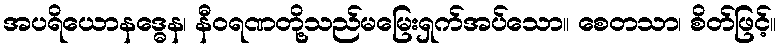
အပရိယောနဒ္ဓေန၊ နီဝရဏတို့သည်မမြေးရှက်အပ်သော။ စေတသာ၊ စိတ်ဖြင့်။